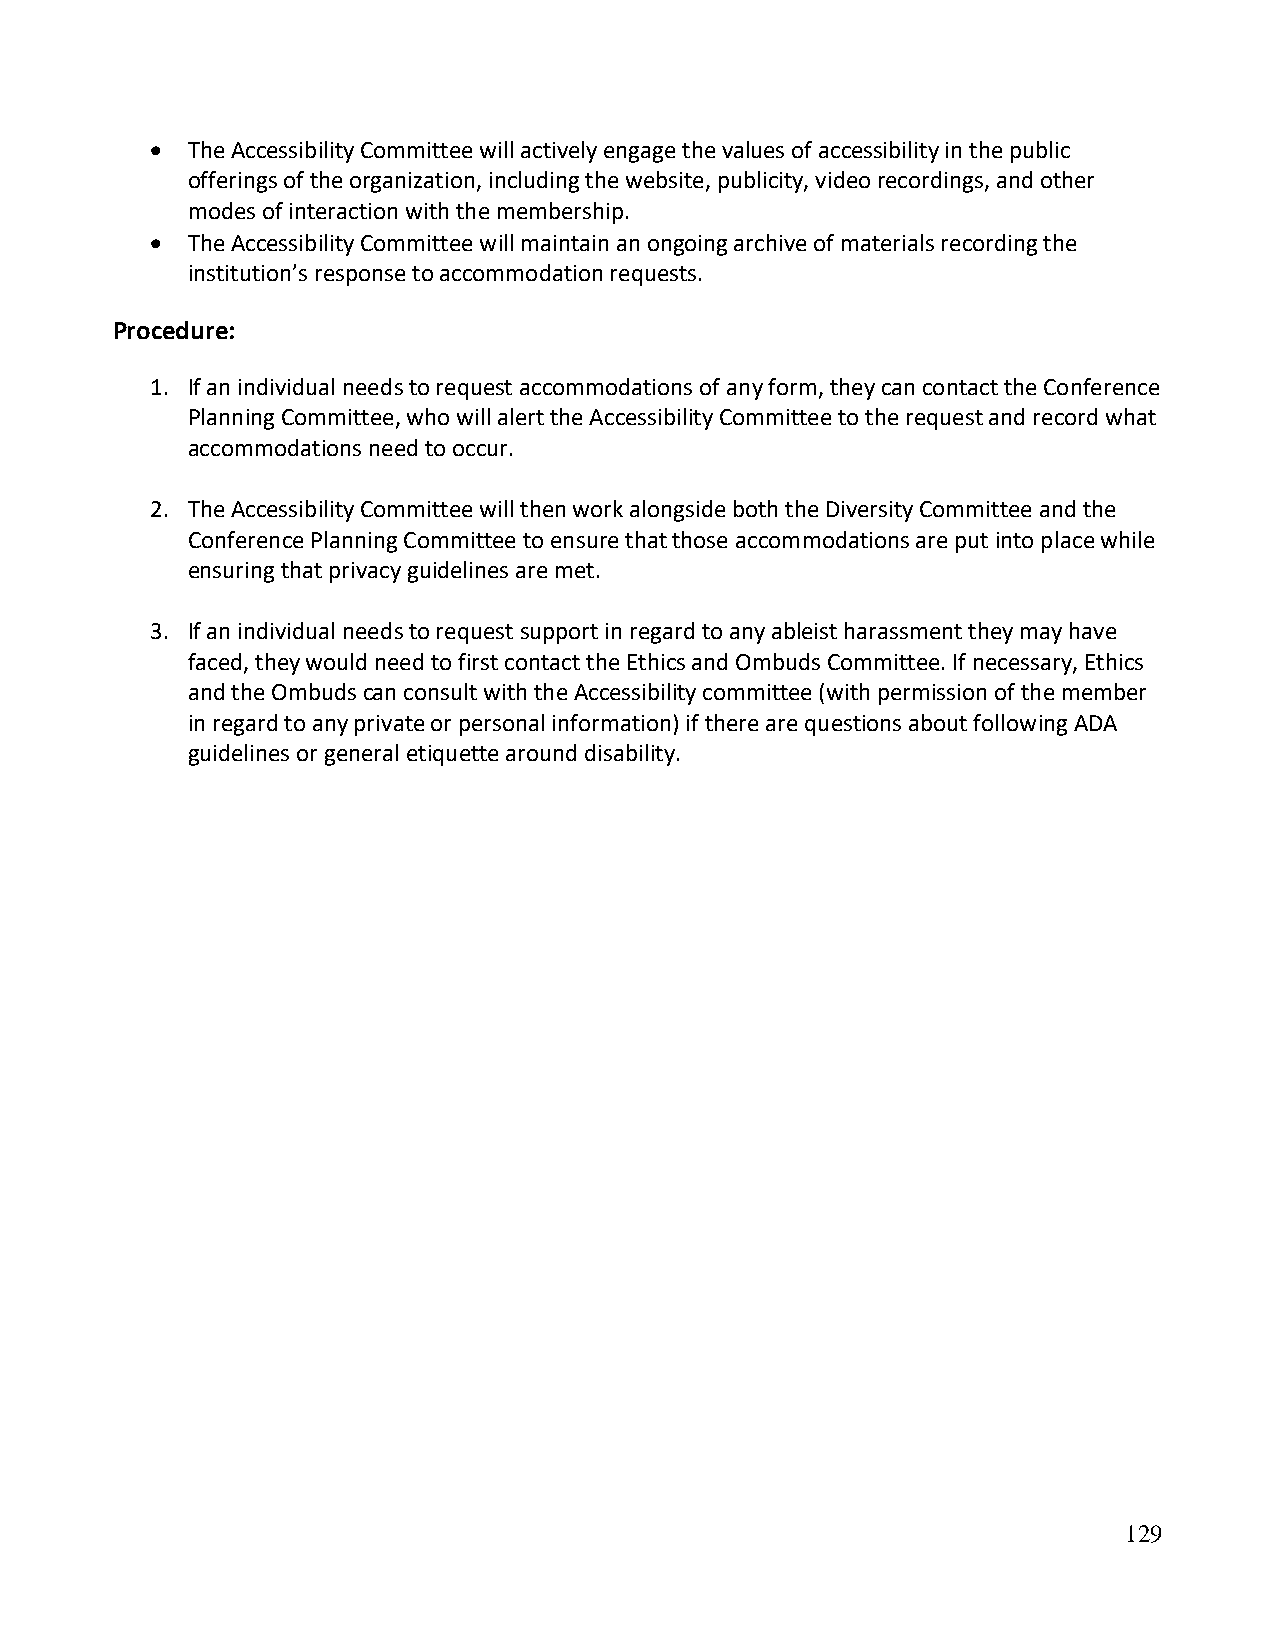
• The Accessibility Committee will actively engage the values of accessibility in the public
 offerings of the organization, including the website, publicity, video recordings, and other
 modes of interaction with the membership.
 • The Accessibility Committee will maintain an ongoing archive of materials recording the
 institution’s response to accommodation requests.
 Procedure:
 1. If an individual needs to request accommodations of any form, they can contact the Conference
 Planning Committee, who will alert the Accessibility Committee to the request and record what
 accommodations need to occur.
 2. The Accessibility Committee will then work alongside both the Diversity Committee and the
 Conference Planning Committee to ensure that those accommodations are put into place while
 ensuring that privacy guidelines are met.
 3. If an individual needs to request support in regard to any ableist harassment they may have
 faced, they would need to first contact the Ethics and Ombuds Committee. If necessary, Ethics
 and the Ombuds can consult with the Accessibility committee (with permission of the member
 in regard to any private or personal information) if there are questions about following ADA
 guidelines or general etiquette around disability.
 129